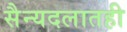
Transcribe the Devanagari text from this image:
सैन्यदलातही